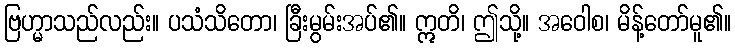
ဗြဟ္မာသည်လည်း။ ပသံသိတော၊ ခြီးမွမ်းအပ်၏။ ဣတိ၊ ဤသို့။ အဝေါစ၊ မိန့်တော်မူ၏။